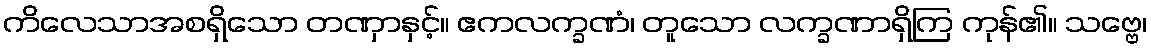
ကိလေသာအစရှိသော တဏှာနှင့်။ ဧကလက္ခဏံ၊ တူသော လက္ခဏာရှိကြ ကုန်၏။ သဗ္ဗေ၊